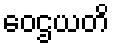
ဝေဌယတိ